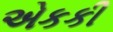
એકકી